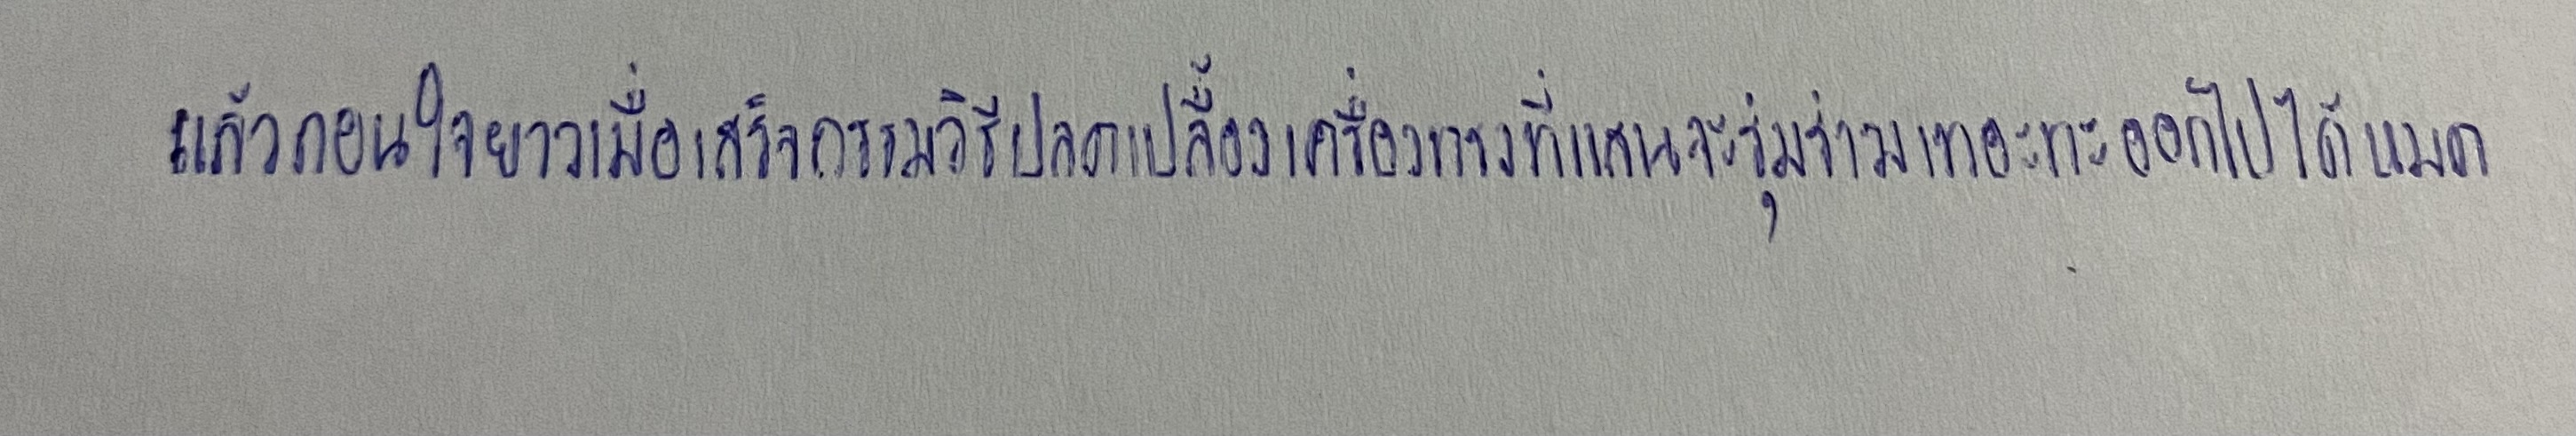
แล้วถอนใจยาวเมื่อเสร็จกรรมวิธีปลดเปลื้องเครื่องทรงที่แสนจะรุ่มร่ามเทอะทะออกไปได้หมด